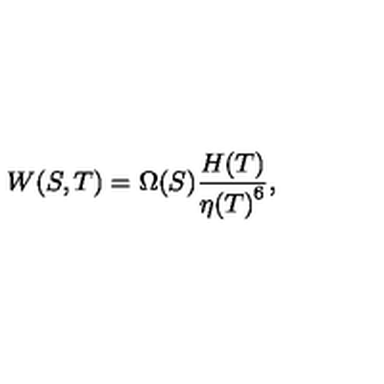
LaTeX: { W ( S , T ) = { \Omega ( S ) { \frac { H ( T ) } { { \eta ( T ) } ^ { 6 } } } } } ,